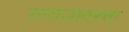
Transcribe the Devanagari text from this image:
समाजावरचा